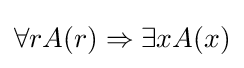
\forall rA(r)\Rightarrow \exists xA(x)